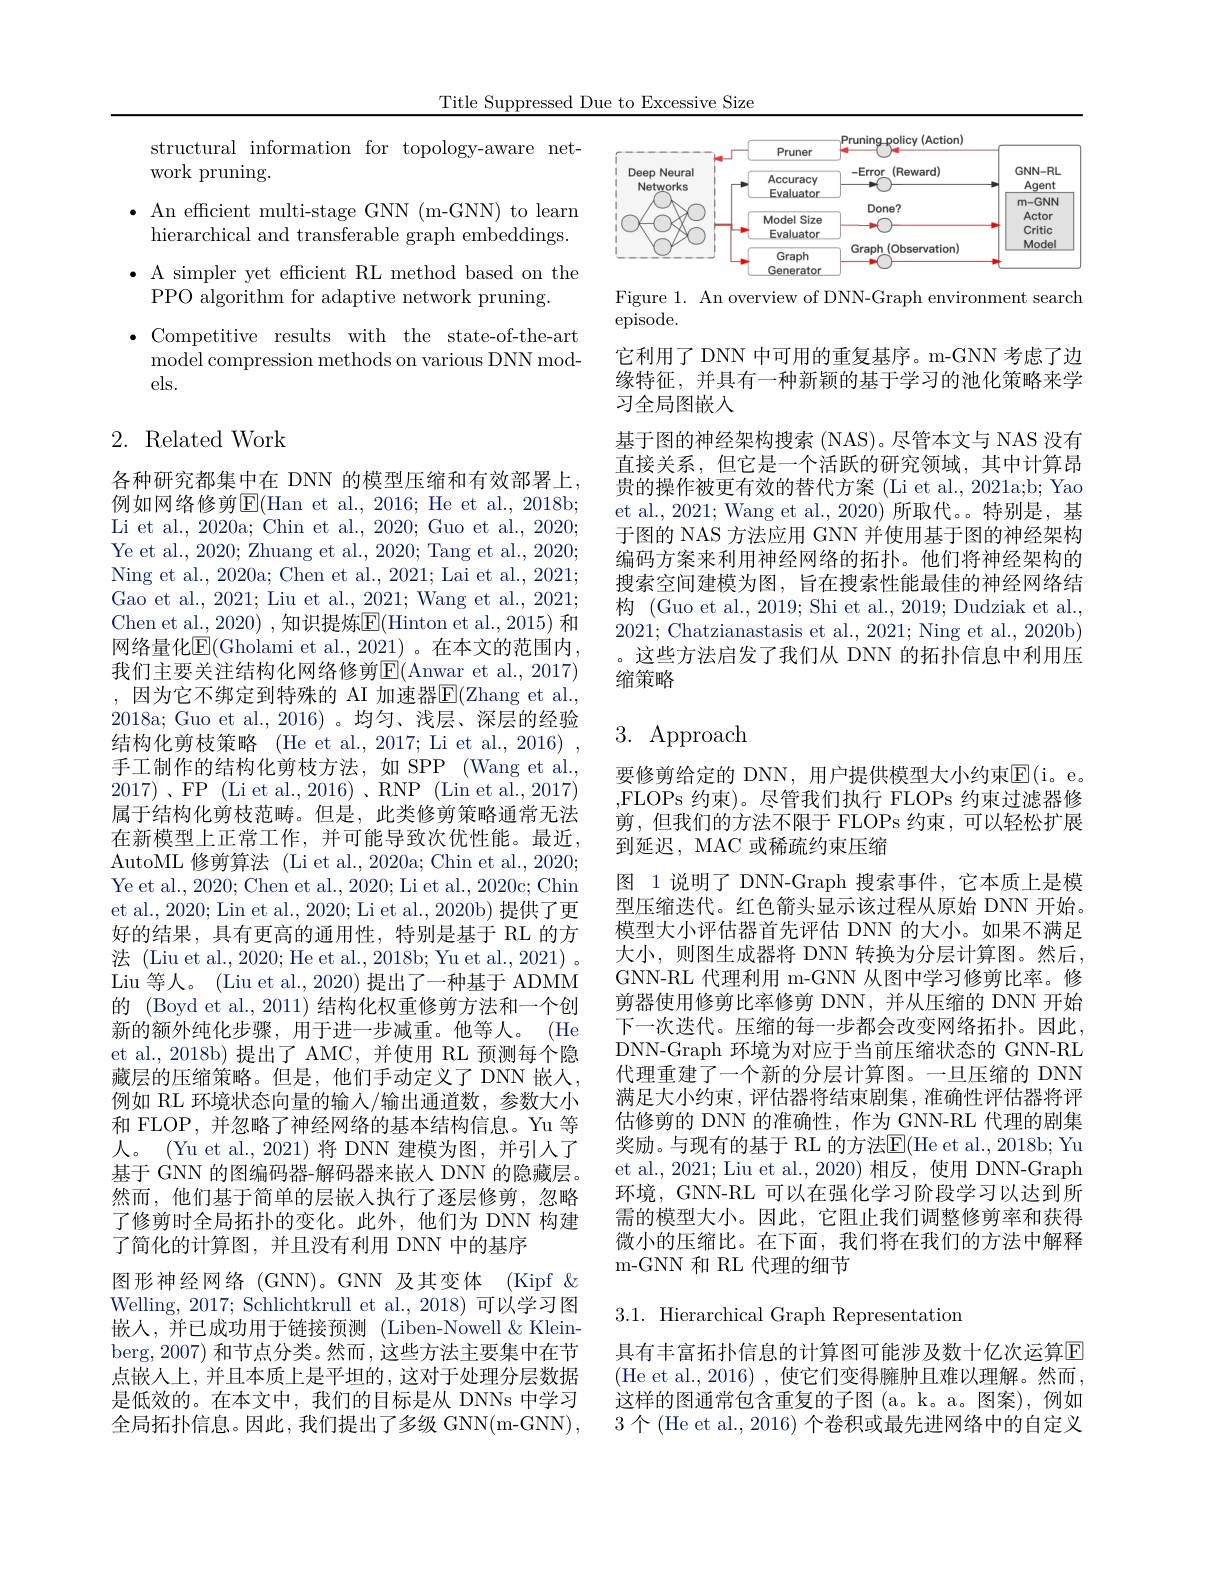
Title Suppressed Due to Excessive Size

structural information for topology-aware net-
work pruning.
$\bullet$ An efficient multi-stage GNN(m-GNN) to learn
hierarchical and transferable graph embeddings. $\bullet$ A simpler yet efficient RL method based on the
PPO algorithm for adaptive network pruning.
$\bullet$Competitive results with the state-of-the-art model compression methods on various DNN models.

## 2. Related Work

各种研究都集中在 DNN 的模型压缩和有效部署上， 例如网络修剪E(Han et al., 2016; He et al., 2018b; Li et al., 2020a; Chin et al., 2020; Guo et al., 2020; Ye et al., 2020; Zhuang et al., 2020; Tang et al., 2020; Ning et al., 2020a; Chen et al., 2021; Lai et al., 2021; Gao et al., 2021; Liu et al., 2021; Wang et al., 2021; Chen et al., 2020) , 知识提炼$\overline{\mathrm{E}}($Hinton et al., 2015) 和网络量化E(Gholami et al.,2021)。在本文的范围内， 我们主要关注结构化网络修剪E$( Anwar et al. , 2017)$ ,因为它不绑定到特殊的 AI 加速器$\overline{\mathrm{E}}($Zhang et al., 2018a;Guo et al.,2016)。均匀、浅层、深层的经验结构化剪枝策略 (He et al., 2017; Li et al., 2016) 手工制作的结构化剪枝方法，如 SPP (Wang et al., 属于结构化剪枝范畴。但是，此类修剪策略通常无法在新模型上正常工作，并可能导致次优性能。最近， AutoML 修剪算法 (Li et al.,2020a; Chin et al., 2020; Ye et al., 2020; Chen et al., 2020; Li et al., 2020c; Chin et al., 2020; Lin et al., 2020; Li et al., 2020b) 提供了更好的结果，具有更高的通用性，特别是基于 RL 的方法 (Liu et al., 2020; He et al., 2018b; Yu et al., 2021) 。Liu 等人。(Liu et al., 2020) 提出了一种基于 ADMM 的 (Boyd et al., 2011) 结构化权重修剪方法和一个创新的额外纯化步骤，用于进一步减重。他等人。(He et al.,2018b)提出了 AMC,并使用 RL 预测每个隐藏层的压缩策略。但是，他们手动定义了 DNN 嵌人， 例如 RL 环境状态向量的输入/输出通道数，参数大小和 FLOP, 并忽略了神经网络的基本结构信息。Yu 等人。(Yu et al., 2021)将 DNN 建模为图，并引人了基于 GNN 的图编码器-解码器来嵌人 DNN 的隐藏层。然而，他们基于简单的层嵌人执行了逐层修剪，忽略了修剪时全局拓扑的变化。此外，他们为 DNN 构建了简化的计算图，并且没有利用 DNN 中的基序
图形神经网络 (GNN)。GNN 及其变体 (Kipf & Welling, 2017; Schlichtkrull et al., 2018) 可以学习图嵌人，并已成功用于链接预测(Liben-Nowell&Kleinberg,2007) 和节点分类。然而，这些方法主要集中在节点嵌人上，并且本质上是平坦的，这对于处理分层数据是低效的。在本文中，我们的目标是从 DNNs 中学习全局拓扑信息。因此，我们提出了多级 GNN(m-GNN),

<FigureHere>

Figure 1. An overview of DNN-Graph environment search
episode.

它利用了 DNN 中可用的重复基序。m-GNN 考虑了边缘特征，并具有一种新颖的基于学习的池化策略来学习全局图嵌人
基于图的神经架构搜索 (NAS)。尽管本文与 NAS 没有直接关系，但它是一个活跃的研究领域，其中计算昂贵的操作被更有效的替代方案 (Li et al., 2021a;b; Yao et al., 2021; Wang et al., 2020) 所取代。特别是，基于图的 NAS 方法应用 GNN 并使用基于图的神经架构编码方案来利用神经网络的拓扑。他们将神经架构的搜索空间建模为图，旨在搜索性能最佳的神经网络结构 (Guo et al., 2019; Shi et al., 2019; Dudziak et al., 2021; Chatzianastasis et al., 2021; Ning et al., 2020b) 。这些方法启发了我们从 DNN 的拓扑信息中利用压缩策略

## 3.Approach

要修剪给定的 DNN, 用户提供模型大小约束$\mathbb{E}($i。e。,FLOPs 约束)。尽管我们执行 FLOPs 约束过滤器修剪，但我们的方法不限于 FLOPs 约束，可以轻松扩展到延迟，MAC 或稀疏约束压缩
图 1 说明了 DNN-Graph 搜索事件，它本质上是模型压缩迭代。红色箭头显示该过程从原始 DNN 开始。模型大小评估器首先评估 DNN 的大小。如果不满足大小，则图生成器将 DNN 转换为分层计算图。然后， GNN-RL 代理利用 m-GNN 从图中学习修剪比率。修剪器使用修剪比率修剪 DNN,并从压缩的 DNN 开始下一次迭代。压缩的每一步都会改变网络拓扑。因此， DNN-Graph 环境为对应于当前压缩状态的 GNN-RL 代理重建了一个新的分层计算图。一旦压缩的 DNN 满足大小约束，评估器将结束剧集，准确性评估器将评估修剪的 DNN 的准确性，作为 GNN-RL 代理的剧集奖励。与现有的基于 RL 的方法$\mathbb{E}($He et al., 2018b; Yu et al., 2021; Liu et al., 2020) 相反，使用 DNN-Graph 环境，GNN-RL 可以在强化学习阶段学习以达到所需的模型大小。因此，它阻止我们调整修剪率和获得微小的压缩比。在下面，我们将在我们的方法中解释m-GNN 和 RL 代理的细节

3.1. Hierarchical Graph Representation

具有丰富拓扑信息的计算图可能涉及数十亿次运算$\overline{\mathrm{E}}$ (He et al., 2016) , 使它们变得臃肿且难以理解。然而， 这样的图通常包含重复的子图 (a。k。a。图案),例如3个(He et al., 2016) 个卷积或最先进网络中的自定义